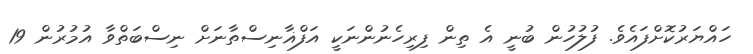
ހައްޔަރުކޮށްފައެވެ. ފުލުހުން ބުނީ އެ ތިން ފިރިހެނުންނަކީ އަފްޣާނިސްތާނަށް ނިސްބަތްވާ އުމުރުން 19